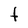
Character: f